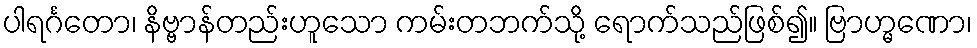
ပါရင်္ဂတော၊ နိဗ္ဗာန်တည်းဟူသော ကမ်းတဘက်သို့ ရောက်သည်ဖြစ်၍။ ဗြာဟ္မဏော၊